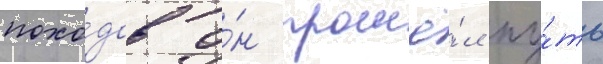
похо́дов о́н прошё́л пу́ть